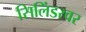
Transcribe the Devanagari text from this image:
सिलिंडरवर